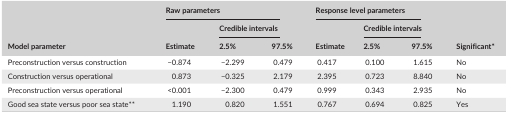
<table><thead><tr><td></td><td colspan="3"><b>Raw parameters</b></td><td colspan="3"><b>Response level parameters</b></td><td></td></tr><tr><td></td><td></td><td colspan="2"><b>Credible intervals</b></td><td></td><td colspan="2"><b>Credible intervals</b></td><td></td></tr><tr><td><b>Model parameter</b></td><td><b>Estimate</b></td><td><b>2.5%</b></td><td><b>97.5%</b></td><td><b>Estimate</b></td><td><b>2.5%</b></td><td><b>97.5%</b></td><td><b>Significant*</b></td></tr></thead><tbody><tr><td>Preconstruction versus construction</td><td>−0.874</td><td>−2.299</td><td>0.479</td><td>0.417</td><td>0.100</td><td>1.615</td><td>No</td></tr><tr><td>Construction versus operational</td><td>0.873</td><td>−0.325</td><td>2.179</td><td>2.395</td><td>0.723</td><td>8.840</td><td>No</td></tr><tr><td>Preconstruction versus operational</td><td>&lt;0.001</td><td>−2.300</td><td>0.479</td><td>0.999</td><td>0.343</td><td>2.935</td><td>No</td></tr><tr><td>Good sea state versus poor sea state**</td><td>1.190</td><td>0.820</td><td>1.551</td><td>0.767</td><td>0.694</td><td>0.825</td><td>Yes</td></tr></tbody></table>